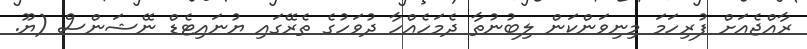
ރާއްޖެއަށް ފުރިހަމަ މިނިވަންކަން ލިބުނުތާ ދެމަހެއްހާ ދުވަހުގެ ތެރޭގައި ޔުނައިޓެޑް ނޭޝަންސް (ޔޫ.